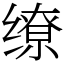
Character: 缭